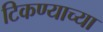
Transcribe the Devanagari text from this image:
टिकण्याच्या